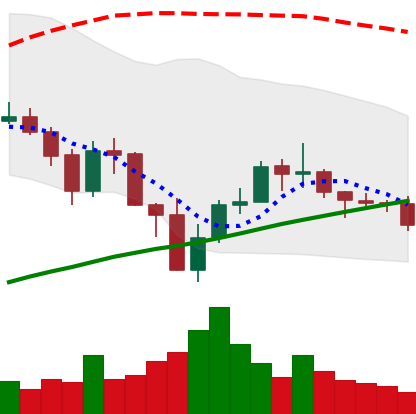
Ticker: BNB-USD
Chart end date: 2019-07-27
Forward return: 3.183%
Label: up_3_5